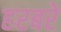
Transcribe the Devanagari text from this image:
हरबरे